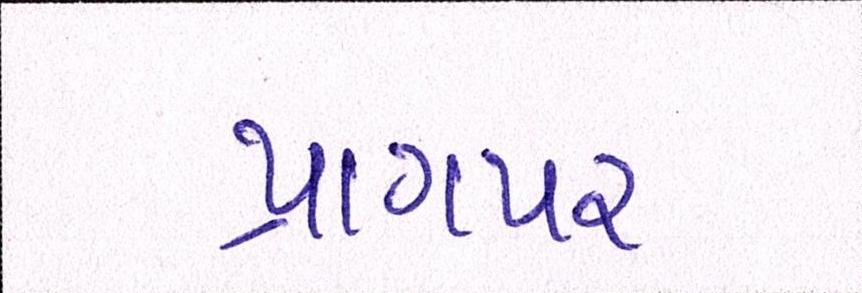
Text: પ્રાગપર